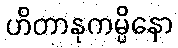
ဟိတာနုကမ္ပိနော